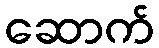
ဆောက်